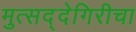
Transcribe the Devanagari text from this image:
मुत्सद्देगिरीचा